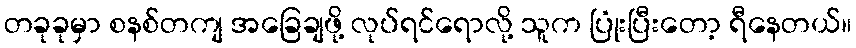
တခုခုမှာ စနစ်တကျ အခြေချဖို့ လုပ်ရင်ရောလို့ သူက ပြုံးပြီးတော့ ရီနေတယ်။